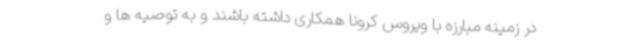
در زمینه مبارزه با ویروس کرونا همکاری داشته باشند و به توصیه ها و